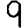
Digit: 9